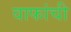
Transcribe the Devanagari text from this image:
वाफांची